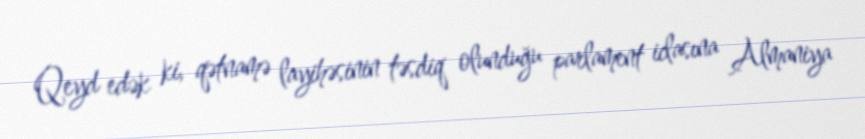
Qeyd edək ki, qətnamə layihəsinin təsdiq olunduğu parlament iclasına Almaniya